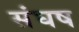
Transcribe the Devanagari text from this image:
संघष